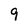
Character: 9